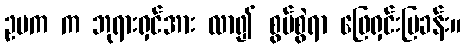
ဥပက က ဘုရားရှင်အား လာ၍ စွပ်စွဲရာ ဖြေရှင်းပြခန်း။